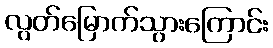
လွတ်မြောက်သွားကြောင်း